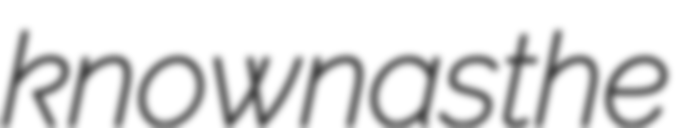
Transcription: known as the